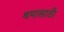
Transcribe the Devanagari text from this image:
श्रमासाठी